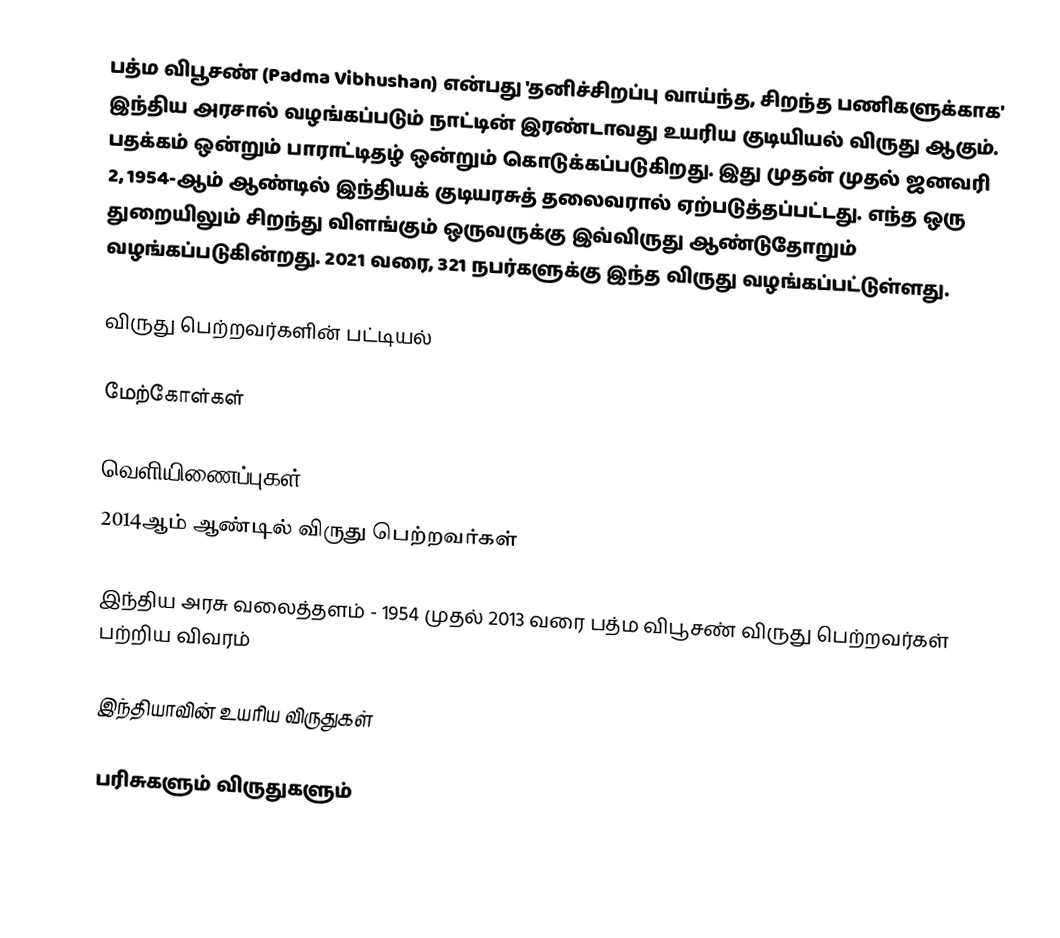
பத்ம விபூசண் (Padma Vibhushan) என்பது 'தனிச்சிறப்பு வாய்ந்த, சிறந்த பணிகளுக்காக' இந்திய அரசால் வழங்கப்படும் நாட்டின் இரண்டாவது உயரிய குடியியல் விருது ஆகும். பதக்கம் ஒன்றும் பாராட்டிதழ் ஒன்றும் கொடுக்கப்படுகிறது. இது முதன் முதல் ஜனவரி 2, 1954-ஆம் ஆண்டில் இந்தியக் குடியரசுத் தலைவரால் ஏற்படுத்தப்பட்டது. எந்த ஒரு துறையிலும் சிறந்து விளங்கும் ஒருவருக்கு இவ்விருது ஆண்டுதோறும் வழங்கப்படுகின்றது. 2021 வரை, 321 நபர்களுக்கு இந்த விருது வழங்கப்பட்டுள்ளது.

விருது பெற்றவர்களின் பட்டியல்

மேற்கோள்கள்

வெளியிணைப்புகள்
 2014ஆம் ஆண்டில் விருது பெற்றவர்கள்

 இந்திய அரசு வலைத்தளம் - 1954 முதல் 2013 வரை பத்ம விபூசண் விருது பெற்றவர்கள் பற்றிய விவரம்

இந்தியாவின் உயரிய விருதுகள்

பரிசுகளும் விருதுகளும்